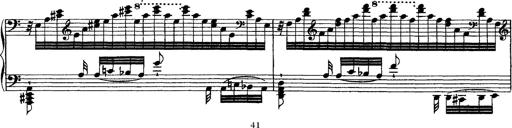
Title: Grandes Ã©tudes de Paganini
Composer: Franz Liszt